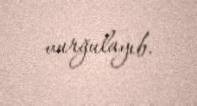
vurğulayıb.